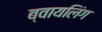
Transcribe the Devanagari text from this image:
ब्वायलिंग